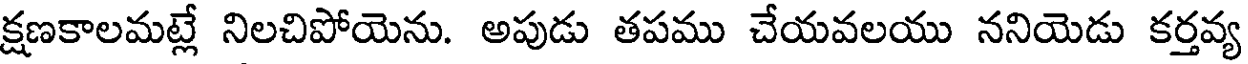
క్షణకాలమట్లే నిలచిపోయెను. అపుడు తపము చేయవలయు ననియెడు కర్తవ్య